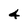
Character: 4